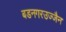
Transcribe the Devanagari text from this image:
बडनगरउज्जैन